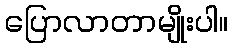
ပြောလာတာမျိုးပါ။